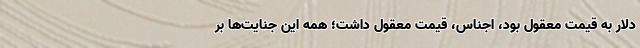
دلار به قیمت معقول بود، اجناس، قیمت معقول داشت؛ همه این جنایت‌ها بر